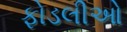
ફોડલીઓ